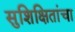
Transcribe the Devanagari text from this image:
सुशिक्षितांचा